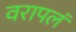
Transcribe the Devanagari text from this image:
वरापलं